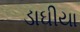
ડાઘીયા